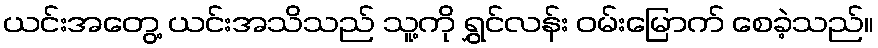
ယင်းအတွေ့ ယင်းအသိသည် သူ့ကို ရွှင်လန်း ဝမ်းမြောက် စေခဲ့သည်။